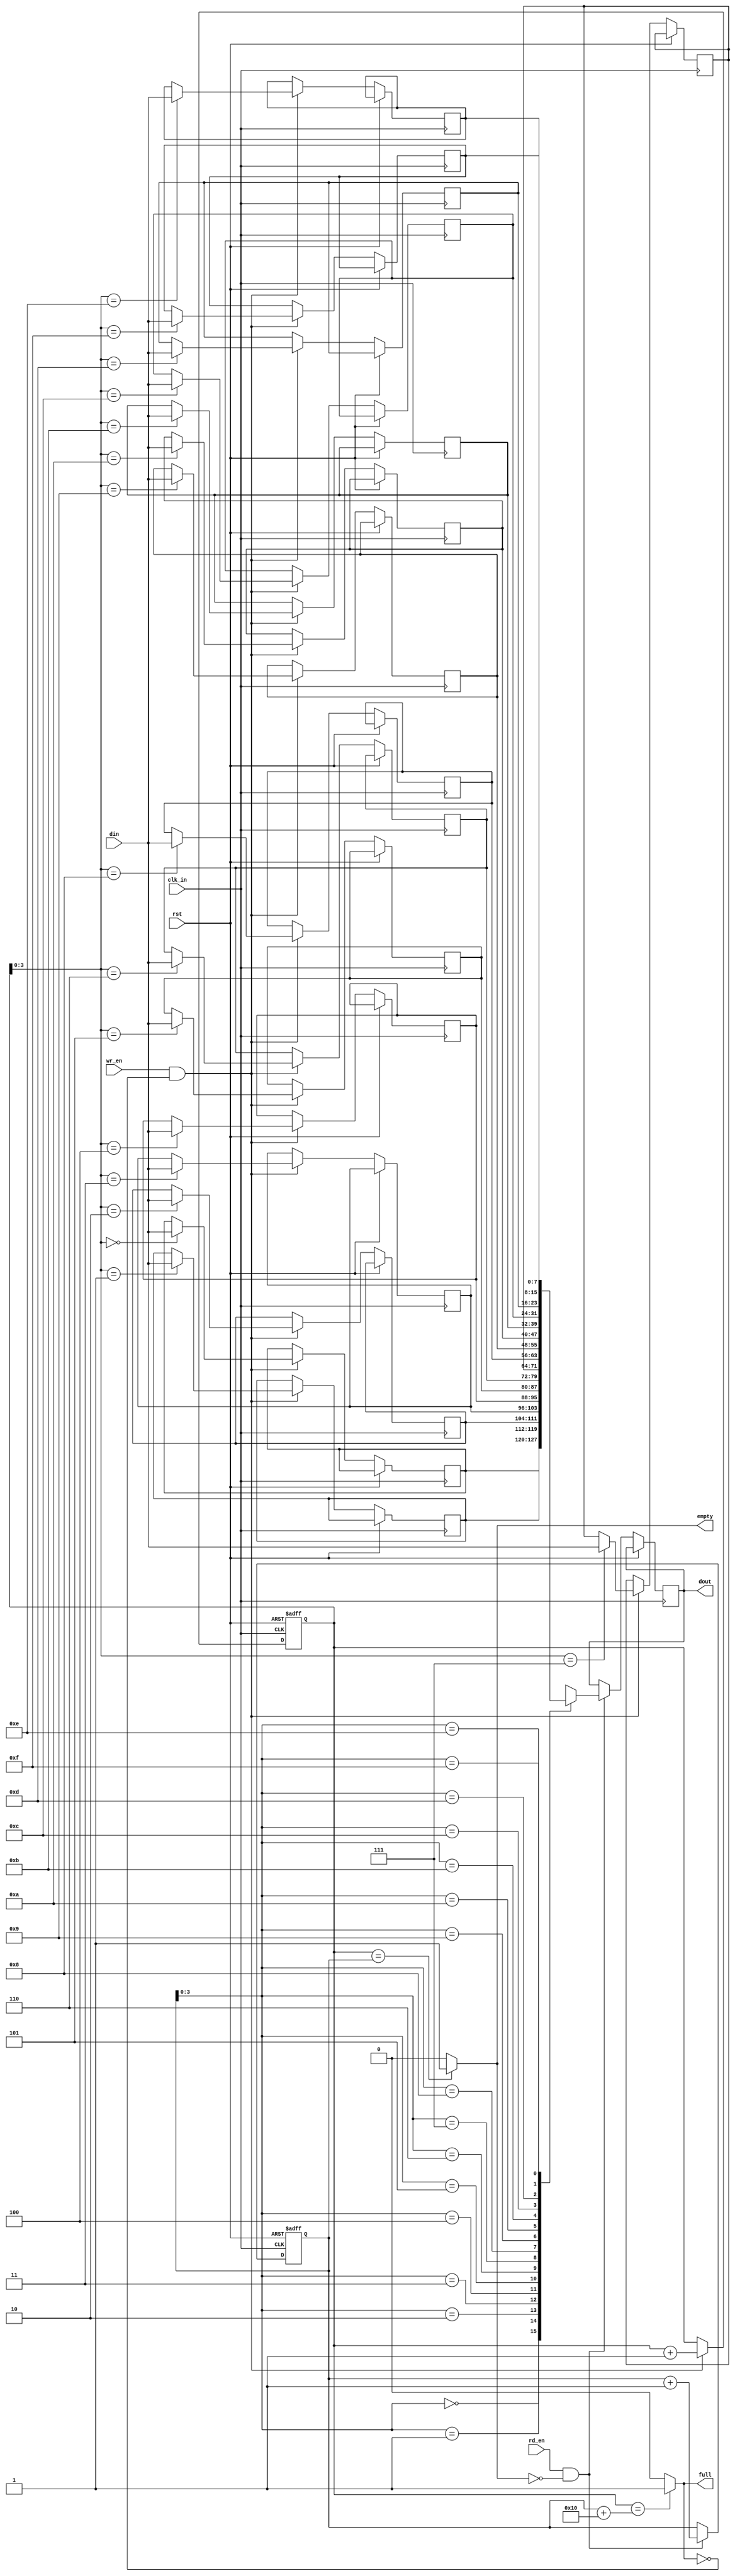
module fwft_fifo(
    input wire clk_in,       // Input clock
    input wire rst,          // Reset signal
    input wire [DATA_WIDTH-1:0] din,  // Input data
    input wire wr_en,        // Write enable signal
    input wire rd_en,        // Read enable signal
    output reg [DATA_WIDTH-1:0] dout,  // Output data
    output reg full,         // FIFO full flag
    output reg empty         // FIFO empty flag
);

parameter DEPTH = 16;       // FIFO depth
parameter DATA_WIDTH = 8;   // Data width

// Internal FIFO memory
reg [DATA_WIDTH-1:0] fifo_mem [0:DEPTH-1];

// Internal FIFO pointers
reg [4:0] wr_ptr = 0;
reg [4:0] rd_ptr = 0;

// Flags
always @* begin
    full = ((wr_ptr == rd_ptr + DEPTH) ? 1 : 0);
    empty = ((wr_ptr == rd_ptr) ? 1 : 0);
end

// Write data to FIFO
always @(posedge clk_in or posedge rst) begin
    if (rst) begin
        wr_ptr <= 0;
    end else if (wr_en && !full) begin
        fifo_mem[wr_ptr] <= din;
        wr_ptr <= wr_ptr + 1;
    end
end

// Read data from FIFO
always @(posedge clk_in or posedge rst) begin
    if (rst) begin
        rd_ptr <= 0;
    end else if (rd_en && !empty) begin
        dout <= fifo_mem[rd_ptr];
        rd_ptr <= rd_ptr + 1;
    end
end

endmodule